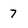
Character: 7